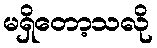
မရှိတော့သလို